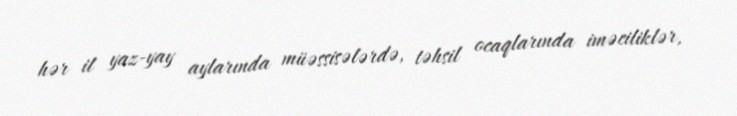
hər il yaz-yay aylarında müəssisələrdə, təhsil ocaqlarında iməciliklər,